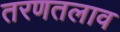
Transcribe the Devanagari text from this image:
तरणतलाव